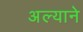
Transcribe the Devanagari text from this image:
अल्याने